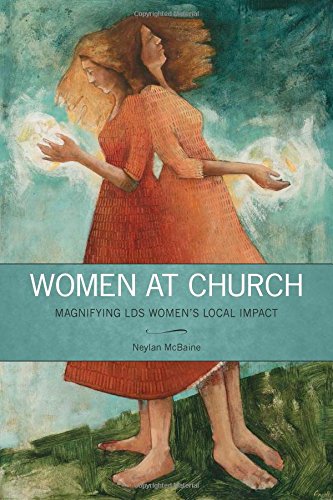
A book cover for Women at Church: Magnifying LDS Women's Local Impact; Neylan McBaine; Christian Books & Bibles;